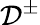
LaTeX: \mathcal{D}^{\pm}